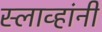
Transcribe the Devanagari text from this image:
स्लाव्हांनी